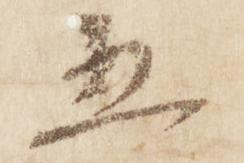
五